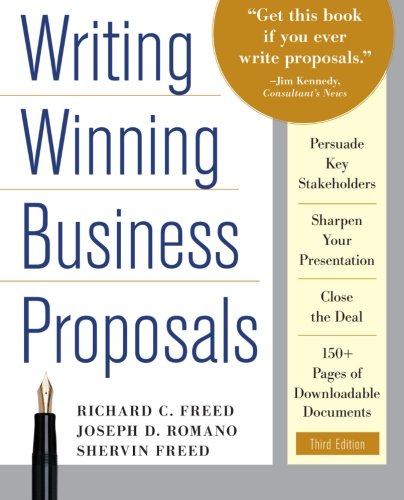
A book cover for Writing Winning Business Proposals, Third Edition; Richard Freed; Business & Money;